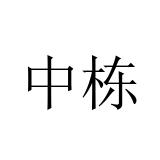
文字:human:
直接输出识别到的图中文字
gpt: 中栋